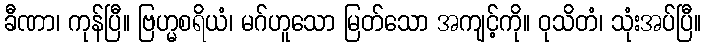
ခီဏာ၊ ကုန်ပြီ။ ဗြဟ္မစရိယံ၊ မဂ်ဟူသော မြတ်သော အကျင့်ကို။ ဝုသိတံ၊ သုံးအပ်ပြီ။